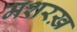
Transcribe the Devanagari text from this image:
मशरख़